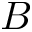
\boldsymbol { B }